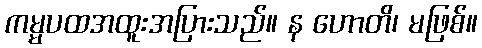
ကမ္မပထအထူးအပြားသည်။ န ဟောတိ၊ မဖြစ်။